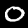
Label: 0